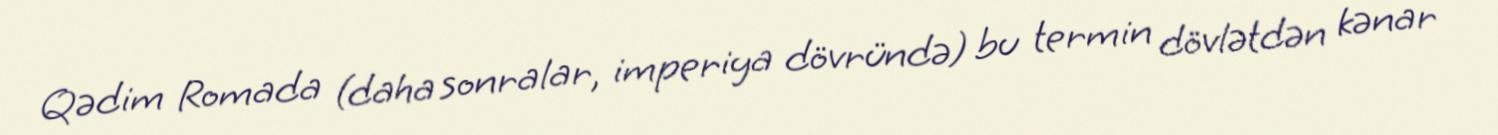
Qədim Romada (daha sonralar, imperiya dövründə) bu termin dövlətdən kənar